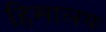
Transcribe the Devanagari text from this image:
हिमालयः